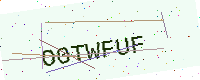
Text: O0TWFUF